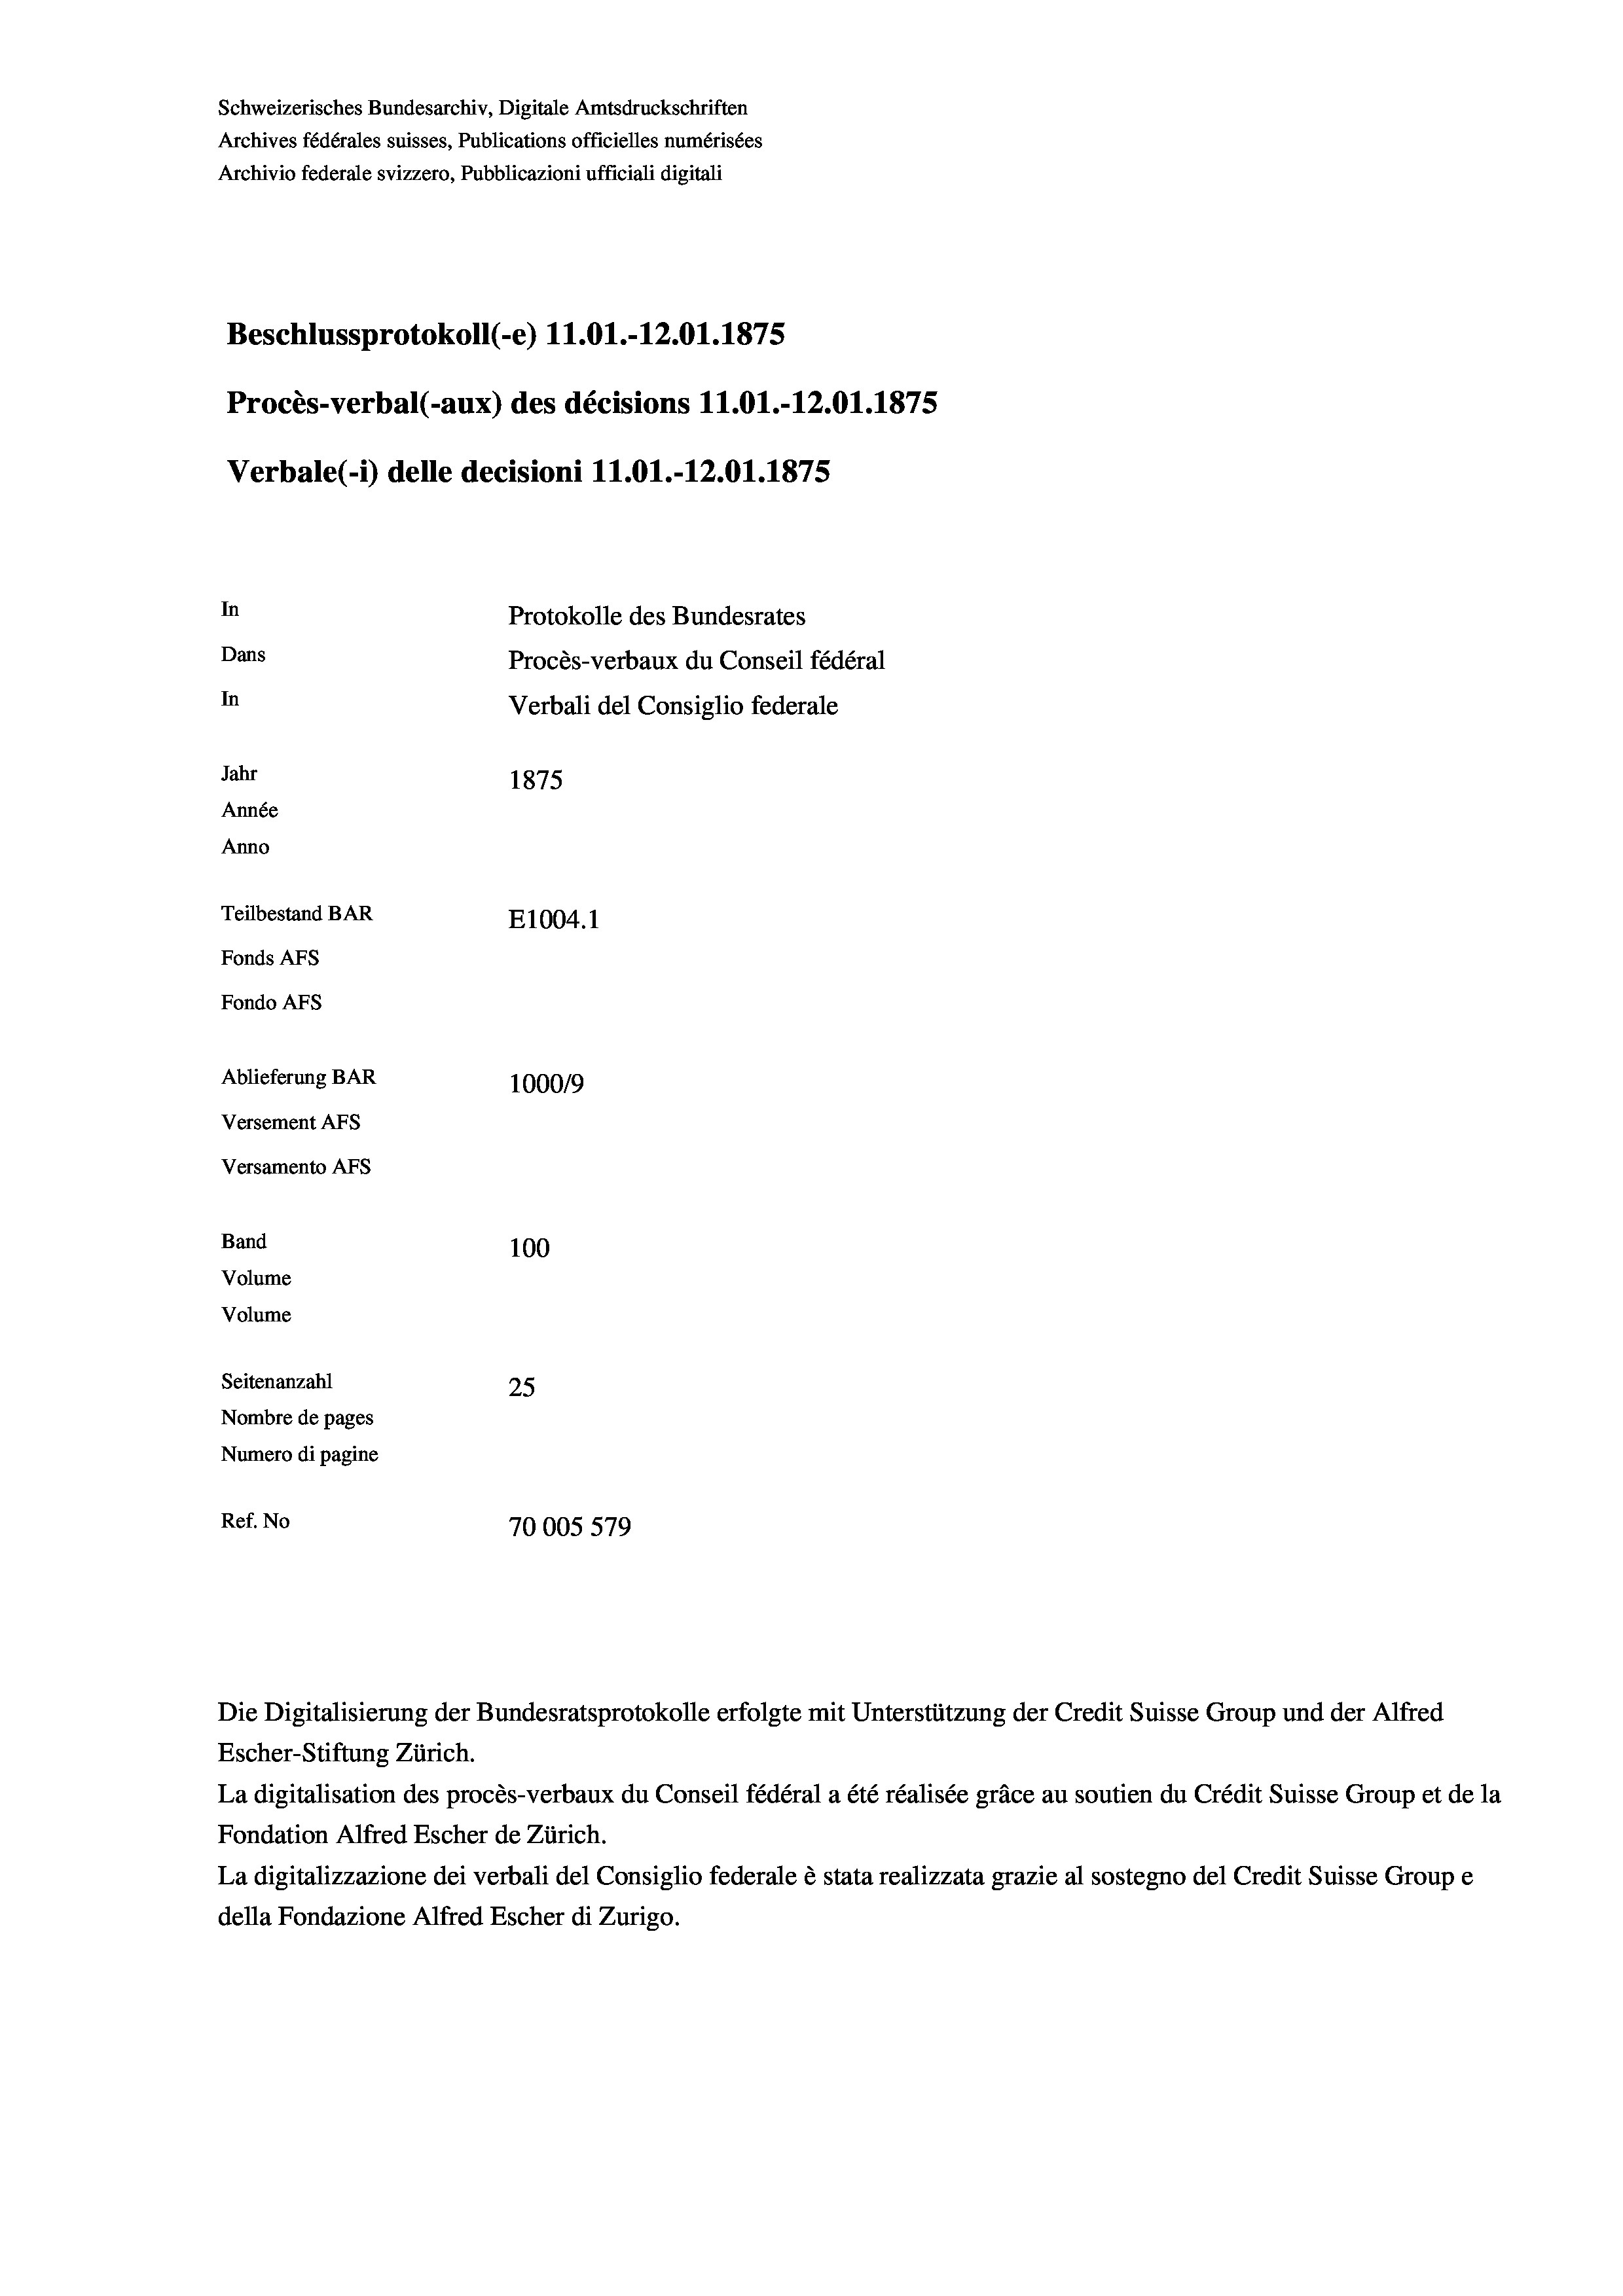
Schweizerisches Bundesarchiv, Digitale Amtsdruckschriften
Archives fédérales suisses, Publications officielles numérisées
Archivio federale svizzero, Pubblicazioni ufficiali digitali
Beschlussprotokoll (-e) 11.01.-12.01.1875
Procès-verbal (-aux) des décisions 11.01.-12.01.1875
Verbale (- 1) delle decisioni 11.01.-12.01.1875
In
Protokolle des Bundesrates
Dans
Procès-verbaux du Conseil fédéral
In
Verbali del Consiglio federale
Jahr
1875
Année
Anno
Teilbestand BAR
E1004. 1
Fonds Afs
Fondo AFS
Ablieferung BAR
100019
Versement AFs
Versamento Afs
Band
100
Volume
Volume

Seitenanzahl
25
Nombre de pages
Numero di pagine
Ref. No
70005 579

Die Digitalisierung der Bundesratsprotokolle erfolgte mit Unterstützung der Credit Suisse Group und der Alfred
Escher-Stiftung Zürich.
La digitalisation des procès-verbaux du Conseil fédéral a été réalisée gräce au soutien du Crédit Suisse Group et de la
Fondation Alfred Escher de Zürich.
La digitalizzazione dei verbali del Consiglio federale è stata realizzata grazie al sostegno del Credit Suisse Groupe
della Fondazione Alfred Escher di Zurigo.